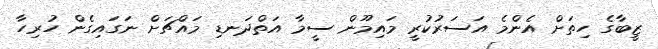
ޒީބާގެ ހިތަށް އެންމެ އަސަރުކުރީ މައިމޫން ސީމާ އަތްދަނޑި މައްޗަށް ނަގައިގެން ހުރިހާ